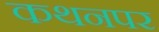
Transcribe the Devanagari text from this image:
कथनपर